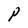
Character: P